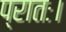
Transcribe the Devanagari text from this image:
प्रातः।